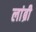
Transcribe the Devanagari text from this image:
लांब्री